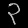
Digit: ၃